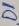
Text: D1